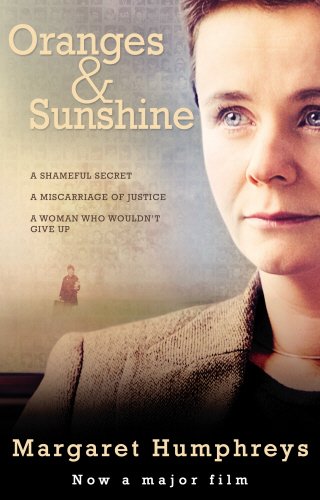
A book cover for Oranges & Sunshine; Margaret Humphreys; Parenting & Relationships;